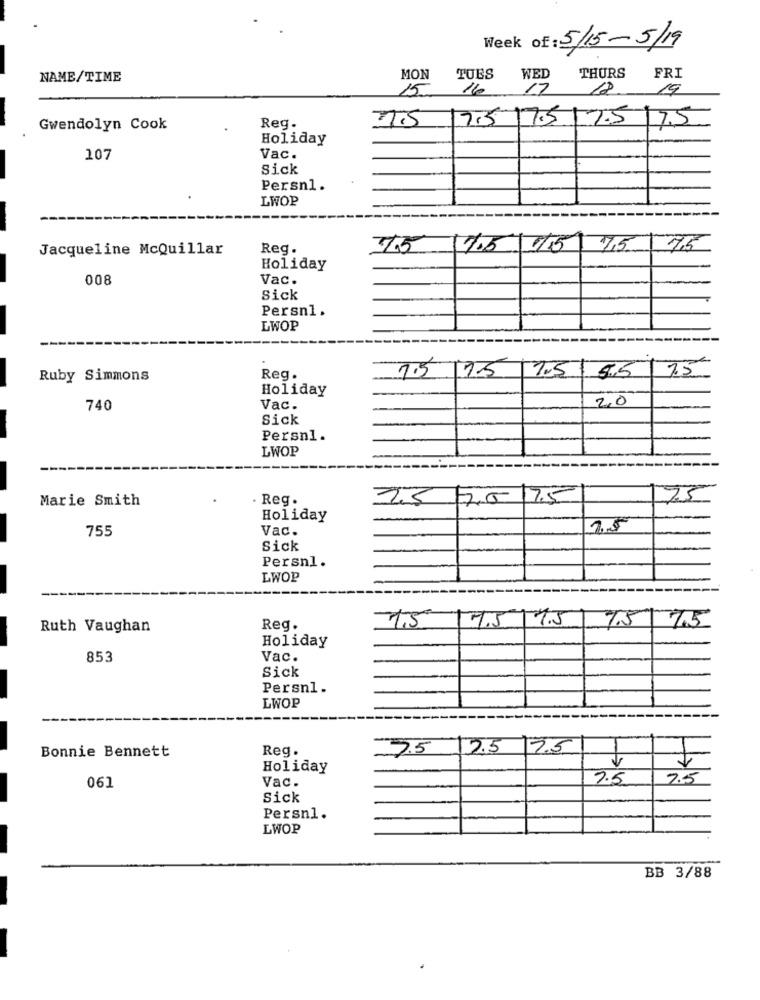
Week of: 5/15-5/19
NAME/TIME
MON
TUES
WED
THURS
FRI
15
16
17
19
Gwendolyn Cook
Reg.
7.5 17.5 7.5 17.5 17.5
Holiday
107
Vac.
Sick
Persn1.
LWOP
Jacqueline McQuillar
Reg.
75
11.5/15
7,5 75
Holiday
008
Vac.
Sick
Persn1.
LWOP
7.5
175
7.5 55 7.5
Ruby Simmons
Reg.
Holiday
20
740
Vac.
Sick
Persn1.
LWOP
Marie Smith
. Reg.
25
20 75
75
Holiday
755
Vac.
Sick
Persnl.
LWOP
1,5
7.5/75
Ruth Vaughan
Reg.
1 75/7.5
Holiday
853
Vac.
Sick
Persnl.
LWOP
Bonnie Bennett
Reg.
7.5
2.5
17.5
Holiday
Vac.
7.5
7.5
061
Sick
Persn1.
LWOP
BB 3/88